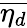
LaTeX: \overline{{\eta_{d}}}